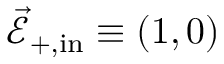
\vec { \mathcal { E } } _ { + , \mathrm { i n } } \equiv ( 1 , 0 )